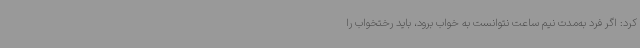
کرد: اگر فرد به‌مدت نیم ساعت نتوانست به خواب برود، باید رختخواب را